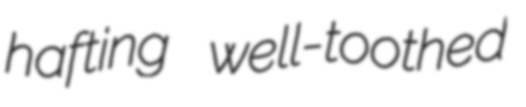
hafting well-toothed